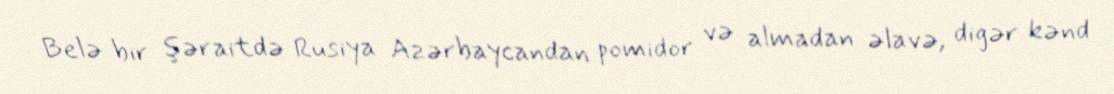
Belə bir şəraitdə Rusiya Azərbaycandan pomidor və almadan əlavə, digər kənd